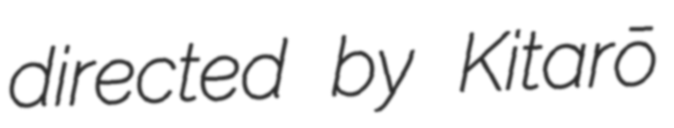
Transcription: directed by Kitarō